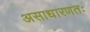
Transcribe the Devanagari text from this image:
असाधारणतः